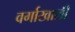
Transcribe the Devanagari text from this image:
वर्गाखाली